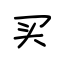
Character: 买